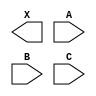
module sky130_fd_sc_hvl__or3 (
    X,
    A,
    B,
    C
);

    output X;
    input  A;
    input  B;
    input  C;

    // Voltage supply signals
    supply1 VPWR;
    supply0 VGND;
    supply1 VPB ;
    supply0 VNB ;

endmodule